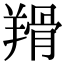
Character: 𦎰